Medical and sanitary report of the native army of Bengal for the year
Year: 1875
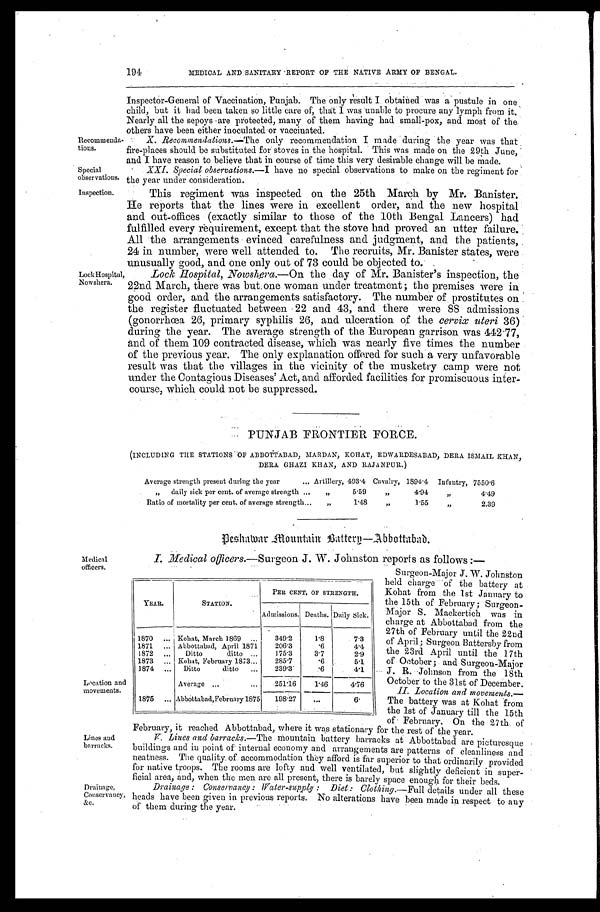
Recommenda
-tions.
Special
observations.
Inspection.
194
MEDICAL AND SANITARY REPORT OF THE NATIVE ARMY OF BENGAL.
Inspector-General of Vaccination, Punjab. The only result I obtained was a pustule in one
child, but it had been taken so little care of, that I was unable to procure any lymph from it.
Nearly all the sepoys are protected, many of them having had small-pox, and most of the
others have been either inoculated or vaccinated.
X. Recommendations.—The only recommendation I made during the year was that
fire-places should be substituted for stoves in the hospital. This was made on the 29th June,
and I have reason to believe that in course of time this very desirable change will be made.
XXI. Special observations. —I have no special observations to make on the regiment for
the year under consideration.
This regiment was inspected on the 25th March by Mr. Banister.
He reports that the lines were in excellent order, and the new hospital
and out-offices (exactly similar to those of the 10th Bengal Lancers) had
fulfilled every requirement, except that the stove had proved an utter failure.
All the arrangements evinced carefulness and judgment, and the patients,
24 in number, were well attended to. The recruits, Mr. Banister states, were
unusually good, and one only out of 73 could be objected to.
Lock Hospi tal , Nowshera.
Lock Hospital, Nowshera. —On the day of Mr. Banister's inspection, the
22nd March, there was but one woman under treatment; the premises were in
good order, and the arrangements satisfactory. The number of prostitutes on
the register fluctuated between 22 and 43, and there were 88 admissions
(gonorrhœa 26, primary syphilis 26, and ulceration of the cervix uteri 36)
during the year. The average strength of the European garrison was 442·77,
and of them 109 contracted disease, which was nearly five times the number
of the previous year. The only explanation offered for such a very unfavorable
result was that the villages in the vicinity of the musketry camp were not
under the Contagious Diseases' Act, and afforded facilities for promiscuous inter
-course, which could not be suppressed.
PUNJAB FRONTIER FORCE.
(INCLUDING THE STATIONS OF ABBOTTABAD, MARDAN, KOHAT, EDWARDESABAD, DERA ISMAIL KHAN,
DERA GHAZI KHAN, AND RAJANPUR.)
Average strength present during the year
A r t i l l e r y
4 9 3 · 4
C a v a l r y
1 8 9 4 · 4
I n f a n t r y ,
7 5 5 0 · 6
" daily sick per cent. of average strength
"
5 · 5 9
"
4 · 9 4
"
4 · 4 9
Ratio of mortality per cent. of average strength...
"
1 · 4 8
"
1 · 5 5
"
2 · 3 9
Deshawar Mountain Battery—Abbottabad.
Medical
officers.
Location and
movements.
Lines and
barracks.
Drainage,
Conservancy,
&C.
I. Medical officers.—Surgeon J. W. Johnston reports as follows :—
J. R. 'Johnson from the 18th
held charge 'of the battery at
Kohat from the 1st January to
the 15th of February; Surgeon-
Major S. Mackertich was in
charge at Abbottabad from the
27th of February until the 22nd
of April; Surgeon Battersby from
the 23rd April until the 17th
of October ; and Surgeon-Major
October to the 31st t of December.
the 1st of January till the 15th
The battery was at Kohat from
Surgeon-Major J. W. Johnston
II. Location
movenzents.—
stationaryof February. On the 27th of
February, it reached Abbottabad, where it was
for the rest of the year.
_____
_ _
PE CENT OF STAENGTII.
YEAR,.
STATION.
Admissions. Deaths. Daily Sick.
1870 ... N.oliat, Marc 869 .,.
349.2
18
7.3
1871 ... Abbottabad, April 1871
206'3
.6
4.4
1872 ...
Ditto
ditto ...
175.3
37
2.9
1873 ... Kohat, February 1873...
285'7
'6
51
1874 ... Ditto
ditto ...
239.3'
..6
4'1
Average ...
...
251'16
1'46
4'76
......
1875 ... Abbottabad,February 1875
198'27
...
6
.
:
_
IT. Lines and barracks.—The mountain battery barracks at Abbottabad are picturesque
buildings and in point of- internal economy and arrangements are patterns of cleanliness and
neatness. The quality. of. accommodation they afford is far superior to that ordinarily provided
for native troops. The rooms are lofty and well ventilated, but slightly deficient in super-
ficial area: and, when the men are all present, there is barely slin04-4 Pnnn 0,11 frw
1-sneln
Drainage : Conservancy : IIlater-suppty : Diet :
details under all these
heads have been given in previous reports. No alterations have been made in respect to any
of them during the year.